Report of the Municipal Commissioner on the plague in Bombay for the year ending 31st May... - Volume 3
Disease focus: Plague
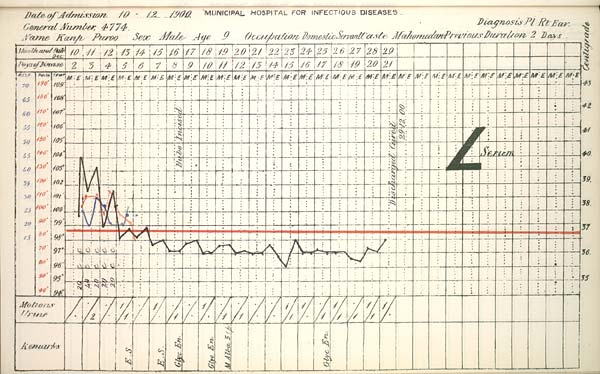
Date
of
Admission
1900
MUNICIPAL
HOSPITAL
FOR
INFECTIOUS
DISEASES.
General
Number
Diagnosis
Name
Sex
Age
Occupation
Caste
Previous
Duration